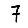
Digit: 7